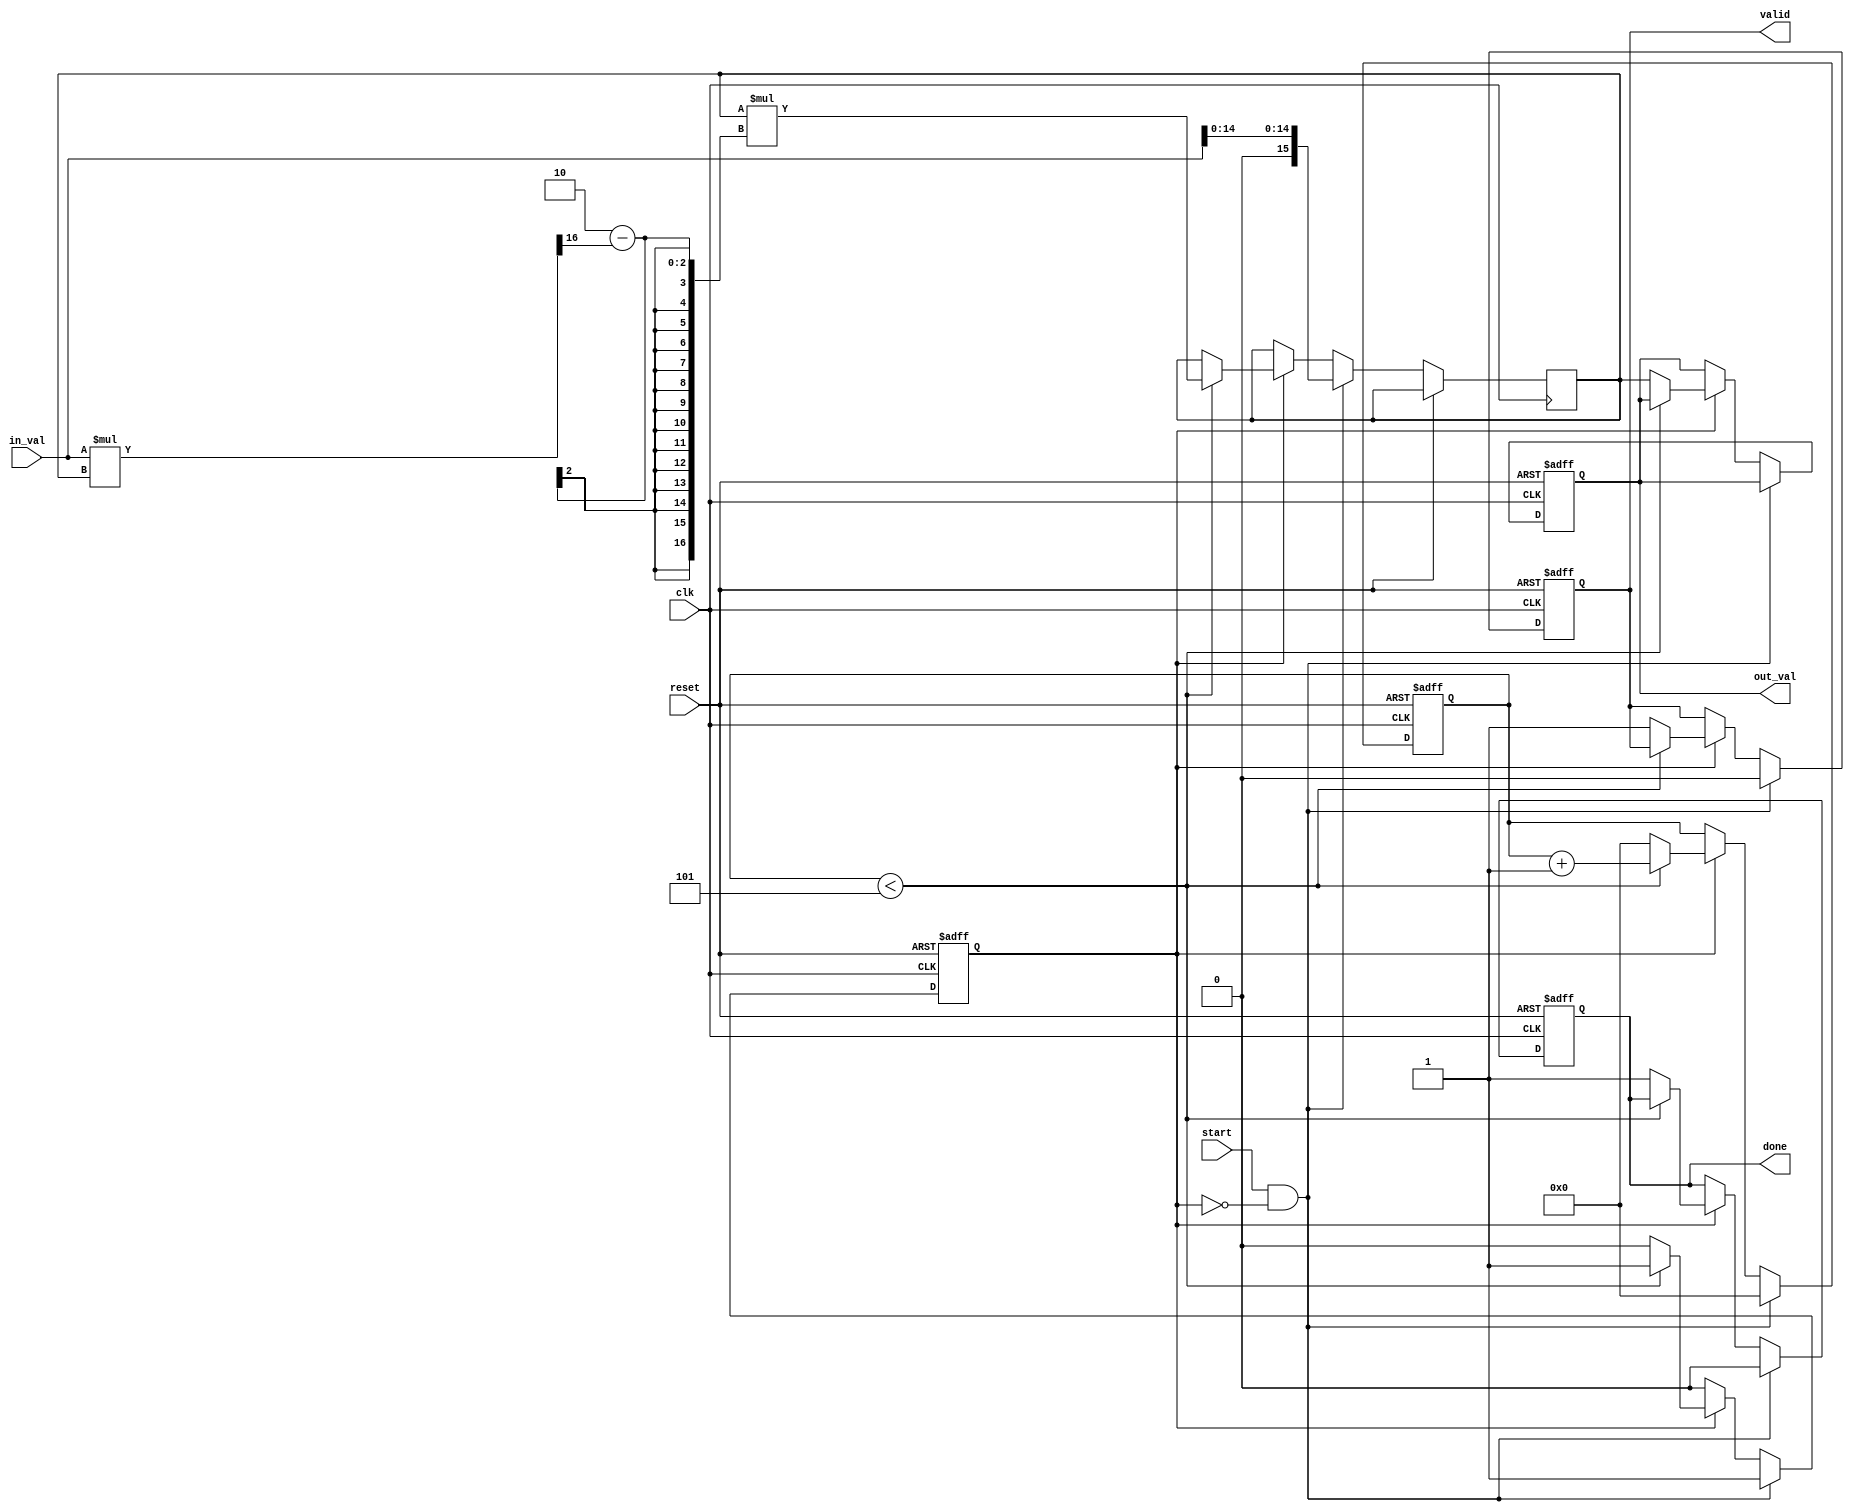
module DirectReciprocalUnit (
    input wire clk,           // Clock signal
    input wire reset,         // Reset signal
    input wire start,         // Start signal for computation
    input wire [15:0] in_val, // Input value (16-bit fixed-point)
    output reg [15:0] out_val, // Output value (reciprocal)
    output reg done,          // Done signal
    output reg valid          // Valid signal for output
);

    reg [15:0] x;             // Current approximation of the reciprocal
    reg [4:0] iteration;      // Iteration counter
    reg computing;            // Flag to indicate if computation is ongoing

    // Constants for Newton-Raphson method
    parameter MAX_ITER = 5;   // Maximum number of iterations
    parameter SHIFT_AMOUNT = 16; // Fixed-point shift amount

    // Initial values
    initial begin
        out_val = 16'b0;
        done = 1'b0;
        valid = 1'b0;
        computing = 1'b0;
        iteration = 5'b0;
    end

    // Combinational logic for reciprocal computation
    always @(posedge clk or posedge reset) begin
        if (reset) begin
            out_val <= 16'b0;
            done <= 1'b0;
            valid <= 1'b0;
            computing <= 1'b0;
            iteration <= 5'b0;
        end else if (start && !computing) begin
            // Start computation
            x <= {1'b0, in_val[14:0]}; // Initial guess (1/in_val)
            computing <= 1'b1;
            iteration <= 5'b0;
            done <= 1'b0;
            valid <= 1'b0;
        end else if (computing) begin
            if (iteration < MAX_ITER) begin
                // Newton-Raphson iteration: x = x * (2 - in_val * x)
                x <= x * ({1'b0, 16'b10} - (in_val * x >> SHIFT_AMOUNT));
                iteration <= iteration + 1;
            end else begin
                // Finished computation
                out_val <= x;
                done <= 1'b1;
                valid <= 1'b1;
                computing <= 1'b0;
                iteration <= 5'b0;
            end
        end
    end

endmodule